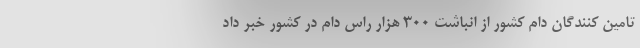
تامین کنندگان دام کشور از انباشت ۳۰۰ هزار راس دام در کشور خبر داد